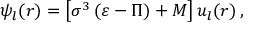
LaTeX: \psi _ { l } ( r ) = \left[ \sigma ^ { 3 } \left( \varepsilon - \Pi \right) + M \right] u _ { l } ( r ) \, ,